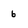
Character: 6